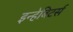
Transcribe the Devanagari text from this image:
इन्हेबिटर्स